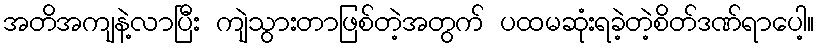
အတိအကျနဲ့လာပြီး ကျဲသွားတာဖြစ်တဲ့အတွက် ပထမဆုံးရခဲ့တဲ့စိတ်ဒဏ်ရာပေါ့။